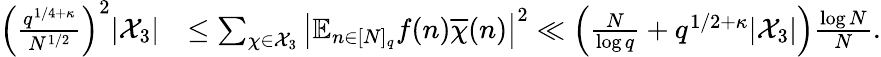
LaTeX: \begin{array}{rl}{\left(\frac{q^{1/4+\kappa}}{N^{1/2}}\right)^{2}|\mathcal{X}_{3}|}&{\leq\sum_{\chi\in\mathcal{X}_{3}}\left|\mathbb{E}_{n\in[N]_{q}}f(n)\overline{{\chi}}(n)\right|^{2}\ll\left(\frac{N}{\log q}+q^{1/2+\kappa}|\mathcal{X}_{3}|\right)\frac{\log N}{N}.}\end{array}